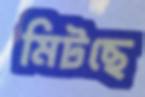
মিটছে